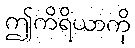
ဤကိရိယာကို